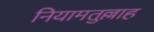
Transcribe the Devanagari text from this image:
नियामतुल्लाह